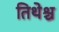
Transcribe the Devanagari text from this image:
तिथेश्च